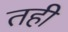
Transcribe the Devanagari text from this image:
तही